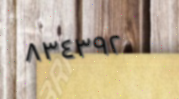
٨٣٤٣٩٢